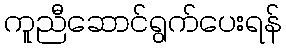
ကူညီဆောင်ရွက်ပေးရန်